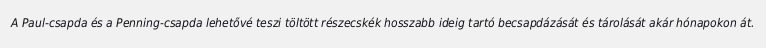
A Paul-csapda és a Penning-csapda lehetővé teszi töltött részecskék hosszabb ideig tartó becsapdázását és tárolását akár hónapokon át.